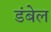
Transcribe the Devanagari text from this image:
डंबेल